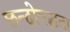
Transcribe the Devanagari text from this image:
छन्दोवद्धता